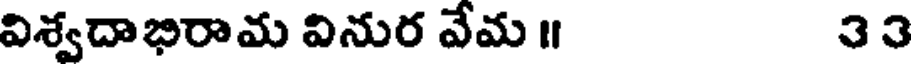
విశ్వదాభిరామ వినుర వేమ ॥ 33